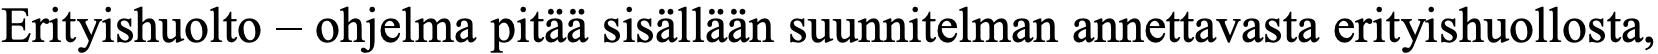
Erityishuolto – ohjelma pitää sisällään suunnitelman annettavasta erityishuollosta,